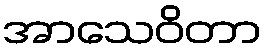
အာသေဝိတာ